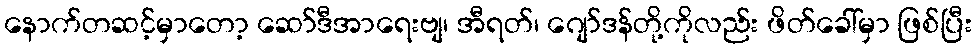
နောက်တဆင့်မှာတော့ ဆော်ဒီအာရေးဗျ၊ အီရတ်၊ ဂျော်ဒန်တို့ကိုလည်း ဖိတ်ခေါ်မှာ ဖြစ်ပြီး